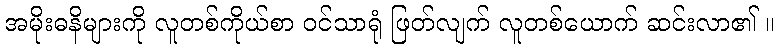
အမိုးဓနိများကို လူတစ်ကိုယ်စာ ဝင်သာရုံ ဖြတ်လျက် လူတစ်ယောက် ဆင်းလာ၏ ။